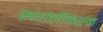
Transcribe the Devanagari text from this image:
स्थानीकरन